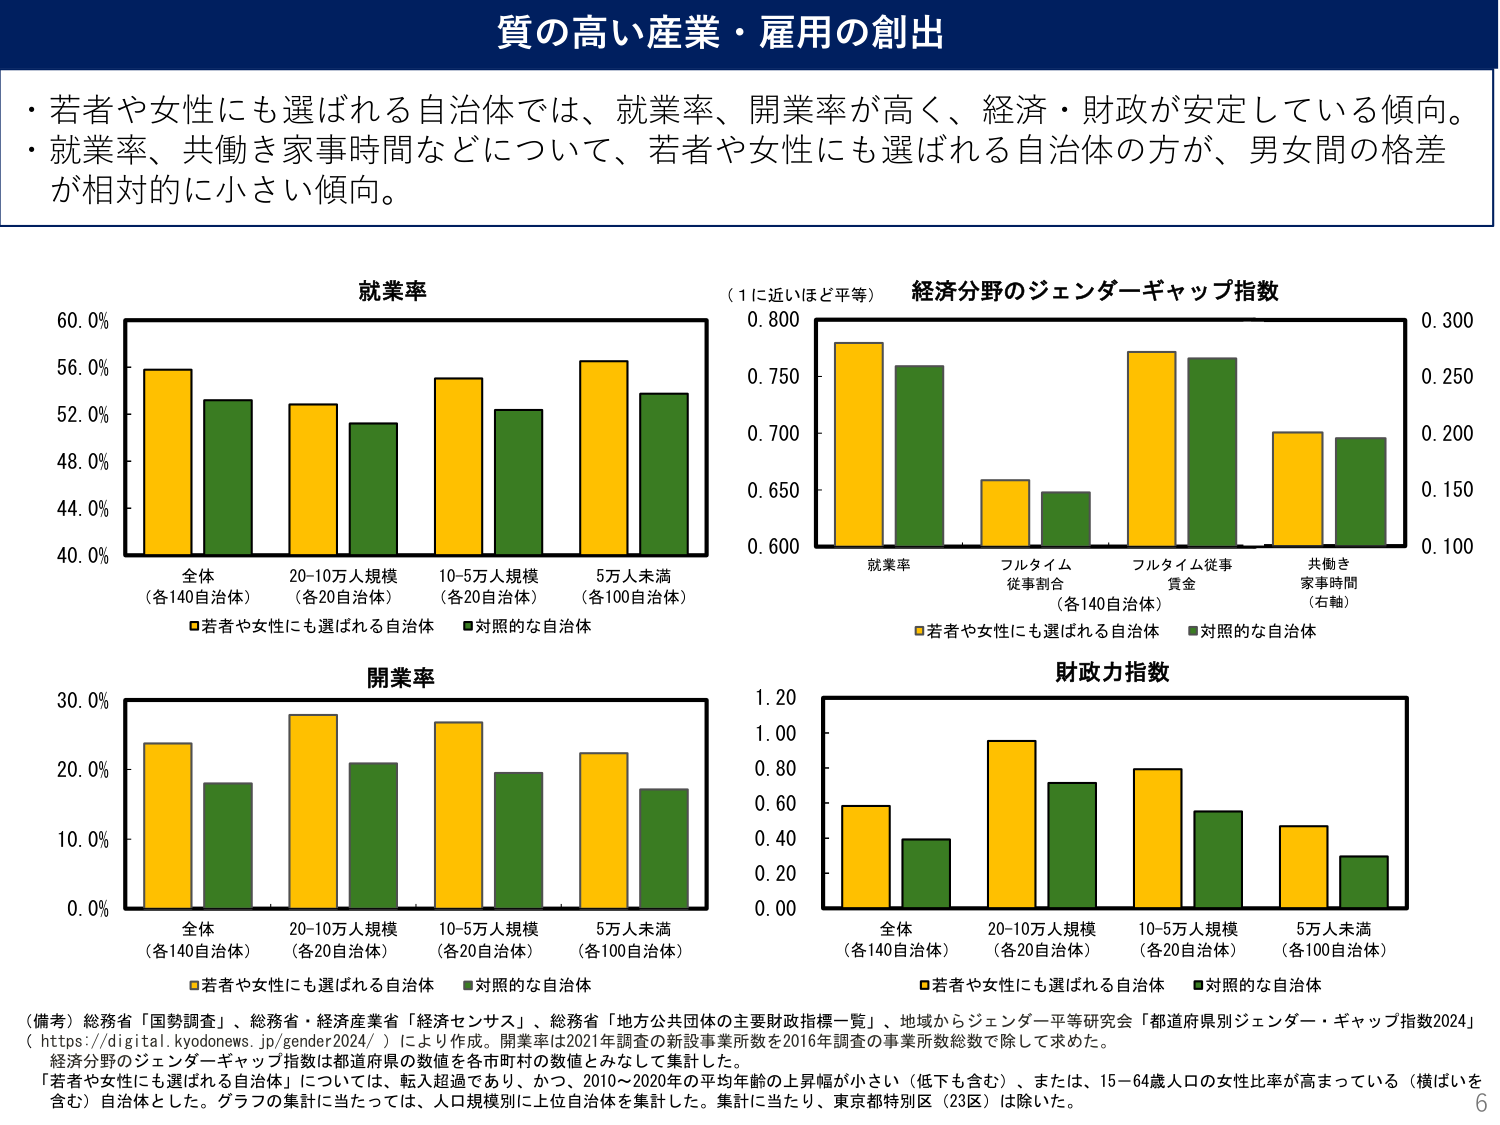
質の高い産業・雇用の創出

・若者や女性にも選ばれる自治体では、就業率、開業率が高く、経済・財政が安定している傾向。
・就業率、共働き家事時間などについて、若者や女性にも選ばれる自治体の方が、男女間の格差が相対的に小さい傾向。

就業率
60.0%
56.0%
52.0%
48.0%
44.0%
40.0%
全体（各140自治体）
20-10万人規模（各20自治体）
10-5万人規模（各20自治体）
5万人未満（各100自治体）
■若者や女性にも選ばれる自治体 ■対照的な自治体

（1に近いほど平等）経済分野のジェンダーギャップ指数
0.800
0.750
0.700
0.650
0.600
就業率
フルタイム従事割合
フルタイム従事賃金
共働き家事時間（右軸）
0.300
0.250
0.200
0.150
0.100
■若者や女性にも選ばれる自治体 ■対照的な自治体

開業率
30.0%
20.0%
10.0%
0.0%
全体（各140自治体）
20-10万人規模（各20自治体）
10-5万人規模（各20自治体）
5万人未満（各100自治体）
■若者や女性にも選ばれる自治体 ■対照的な自治体

財政力指数
1.20
1.00
0.80
0.60
0.40
0.20
0.00
全体（各140自治体）
20-10万人規模（各20自治体）
10-5万人規模（各20自治体）
5万人未満（各100自治体）
■若者や女性にも選ばれる自治体 ■対照的な自治体

（備考）総務省「国勢調査」、総務省・経済産業省「経済センサス」、総務省「地方公共団体の主要財政指標一覧」、地域からジェンダー平等研究会「都道府県別ジェンダー・ギャップ指数2024」（https://digital.kyodonews.jp/gender2024/）により作成。開業率は2021年調査の新設事業所数を2016年調査の事業所数総数で除して求めた。
経済分野のジェンダーギャップ指数は都道府県の数値を各市町村の数値とみなして集計した。
「若者や女性にも選ばれる自治体」については、転入超過であり、かつ、2010～2020年の平均年齢の上昇幅が小さい（低下も含む）、または、15～64歳人口の女性比率が高まっている（横ばいを含む）自治体とした。グラフの集計に当たっては、人口規模別に上位自治体を集計した。集計に当たり、東京都特別区（23区）は除いた。

6